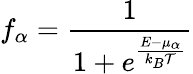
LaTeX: f_{\alpha}=\frac{1}{1+e^{\frac{E-\mu_{\alpha}}{k_{B}\mathcal{T}}}}